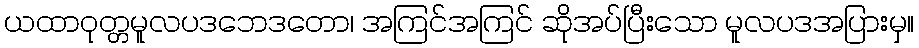
ယထာဝုတ္တမူလပဒဘေဒတော၊ အကြင်အကြင် ဆိုအပ်ပြီးသော မူလပဒအပြားမှ။